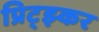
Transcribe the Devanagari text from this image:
प्रिट्झ्कर